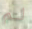
لم